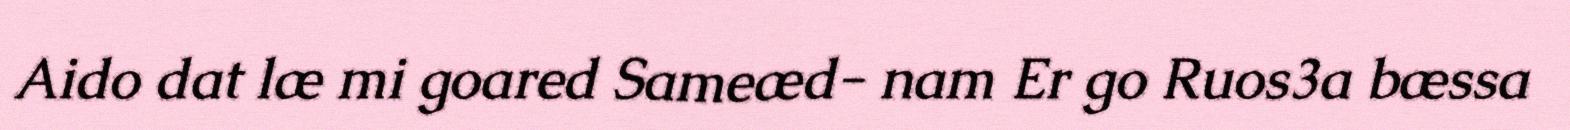
Aido dat læ mi goared Sameæd- nam Er go Ruos3a bæssa